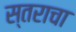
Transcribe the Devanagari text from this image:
स्तराचा